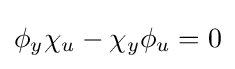
\phi _{y}\chi _{u}-\chi _{y}\phi _{u}=0